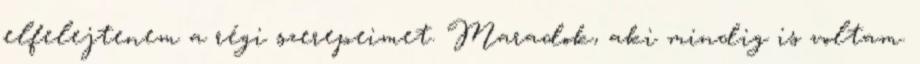
elfelejtenem a régi szerepeimet. Maradok, aki mindig is voltam.